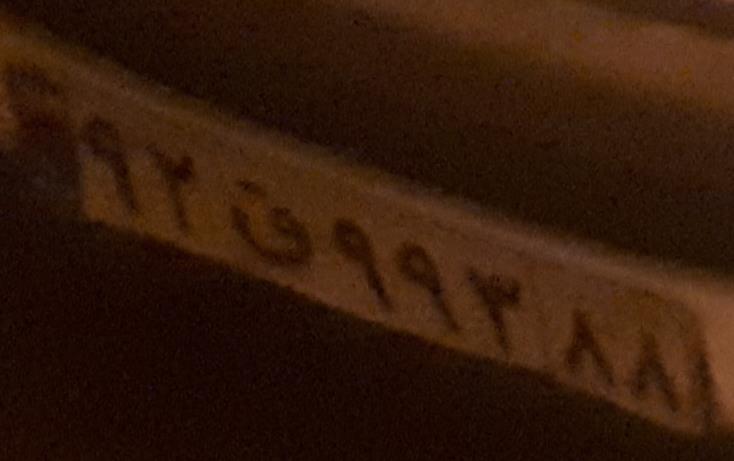
۹۲ق۹۹۳۸۸